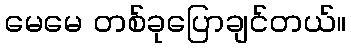
မေမေ တစ်ခုပြောချင်တယ်။